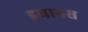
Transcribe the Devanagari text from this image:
इयानस